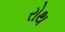
રોથ